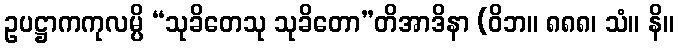
ဥပဋ္ဌာကကုလမ္ပိ “သုခိတေသု သုခိတော”တိအာဒိနာ (ဝိဘ။ ၈၈၈၊ သံ။ နိ။